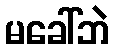
မခေါ်ဘဲ